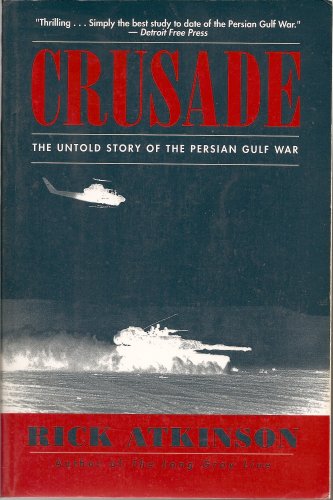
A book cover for Crusade - The Untold Story Of The Persian Gulf War; Rick Atkinson; History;